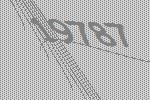
19787